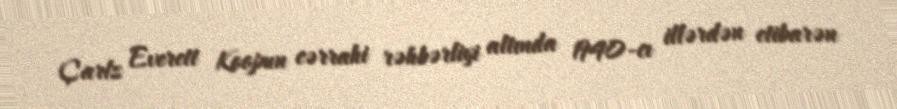
Çarlz Everett Koopun cərrahi rəhbərliyi altında 1940-cı illərdən etibarən